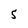
Character: S